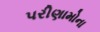
પરીણામોના